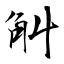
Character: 觓